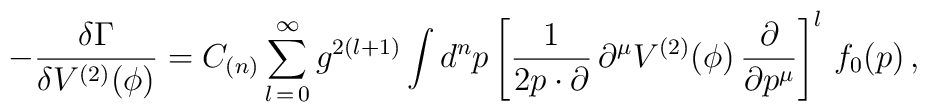
-\frac{\delta\Gamma}{\delta V^{(2)}(\phi)} = C_{(n)} \sum_{l\,=\,0}^{\infty} g^{2(l+1)} \int d^n p \left[ \frac{1}{2p\cdot\partial}\,\partial^{\mu}V^{(2)}(\phi)\,\frac{\partial}{\partial p^{\mu}}\right]^l\,f_0(p)\,,